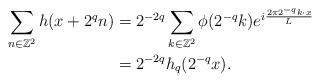
LaTeX: \begin{align*}\sum_{n\in \mathbb{Z}^2} h(x+2^qn)&=2^{-2q}\sum_{k\in \mathbb{Z}^2} \phi(2^{-q}k)e^{i\frac{2\pi 2^{-q}k \cdot x}{L}}\\&=2^{-2q}h_q(2^{-q}x).\end{align*}